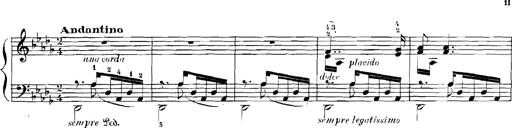
Title: Rhapsodies hongroises
Composer: Franz Liszt